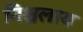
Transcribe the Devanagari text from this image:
निश्चलाय